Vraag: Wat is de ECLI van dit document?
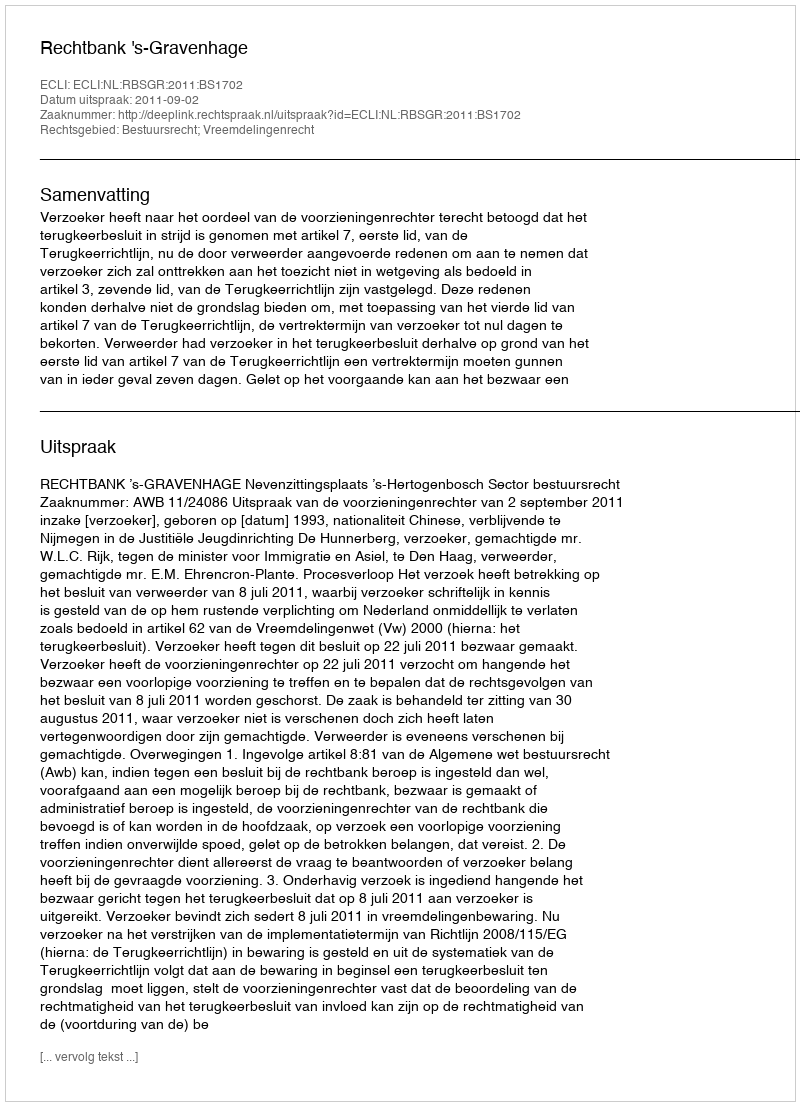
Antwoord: ECLI:NL:RBSGR:2011:BS1702